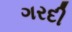
ગરદી